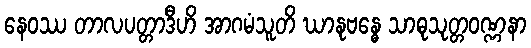
နေဝဿ တာလပတ္တာဒီဟိ အာဂမံသူတိ ဃာနုဗန္ဓေ သာဓုသုတ္တဝဏ္ဏနာ